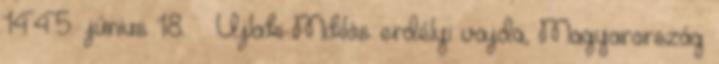
1445. június 18. – Újlaki Miklós erdélyi vajda, Magyarország